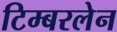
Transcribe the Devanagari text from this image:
टिम्बरलेन